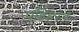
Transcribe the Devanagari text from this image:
पहिहरऊँ